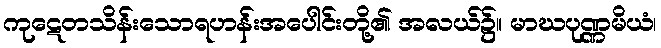
ကုဋေတသိန်းသောရဟန်းအပေါင်းတို့၏ အလယ်၌။ မာဃပုဏ္ဏမိယံ၊